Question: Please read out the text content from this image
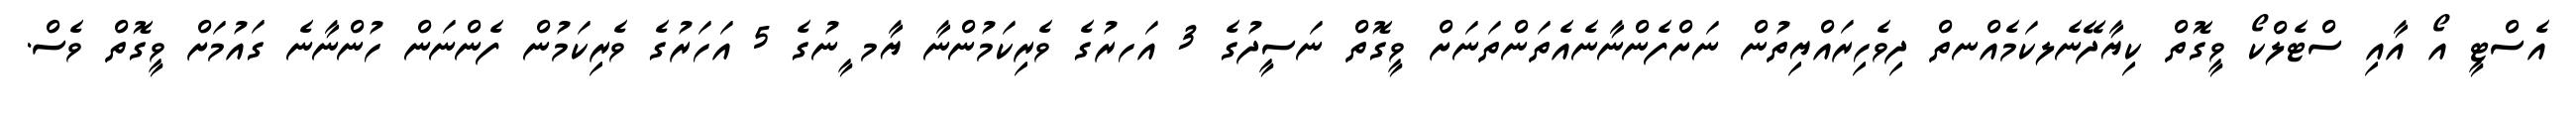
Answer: އެސްޓީ އޯ އާއި ސްޓެލްކޯ ވީގޮތް ކިޔާދޭނެލކަމެއްނތް ދިވެހިރައްޔިތުން ނަށްފެންނާނެއެތަންތަނަށް ވީގޮތް ނަސީދުގެ 3 އަހރުގެ ވެރިކަމުންނާ ޔާމ ީނުގެ 5 އަހަރުގެ ވެރިކަމުން ފެންނަން ހުންނާނެ ގައުމަށް ވީގޮތް ވެސް.